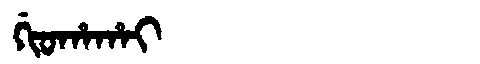
Manchu: ᡤᡳᠣᡥᠠᡥᠠᡳ
Romanization: GIOHAHAI